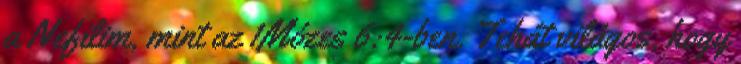
a Nefilim, mint az 1Mózes 6:4-ben. Tehát világos, hogy